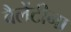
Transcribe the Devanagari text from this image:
वैलेंटीना